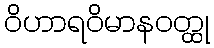
ဝိဟာရဝိမာနဝတ္ထု